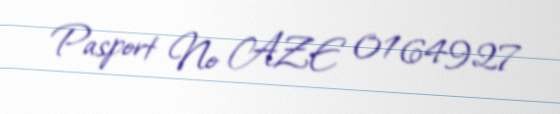
Pasport № AZE 0164927